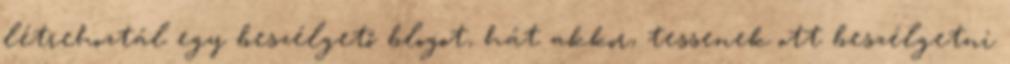
létrehoztál egy beszélgető blogot, hát akkor, tessenek ott beszélgetni